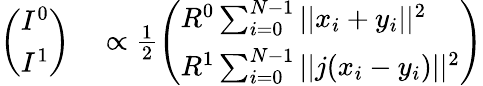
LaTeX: \begin{array}{rl}{\left(\begin{array}{l}{I^{0}}\\ {I^{1}}\end{array}\right)}&{{}\propto\frac{1}{2}\left(\begin{array}{l}{R^{0}\sum_{i=0}^{N-1}||x_{i}+y_{i}||^{2}}\\ {R^{1}\sum_{i=0}^{N-1}||j(x_{i}-y_{i})||^{2}}\end{array}\right)}\end{array}